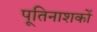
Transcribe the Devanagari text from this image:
पूतिनाशकों